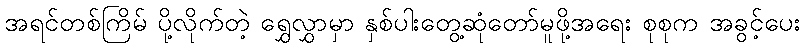
အရင်တစ်ကြိမ် ပို့လိုက်တဲ့ ရွှေလွှာမှာ နှစ်ပါးတွေ့ဆုံတော်မူဖို့အရေး စုစုက အခွင့်ပေး